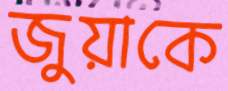
জুয়াকে